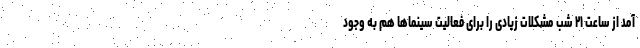
آمد از ساعت ۲۱ شب مشکلات زیادی را برای فعالیت سینماها هم به وجود